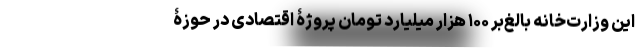
این وزارت‌خانه بالغ‌بر ۱۰۰ هزار میلیارد تومان پروژۀ اقتصادی در حوزۀ